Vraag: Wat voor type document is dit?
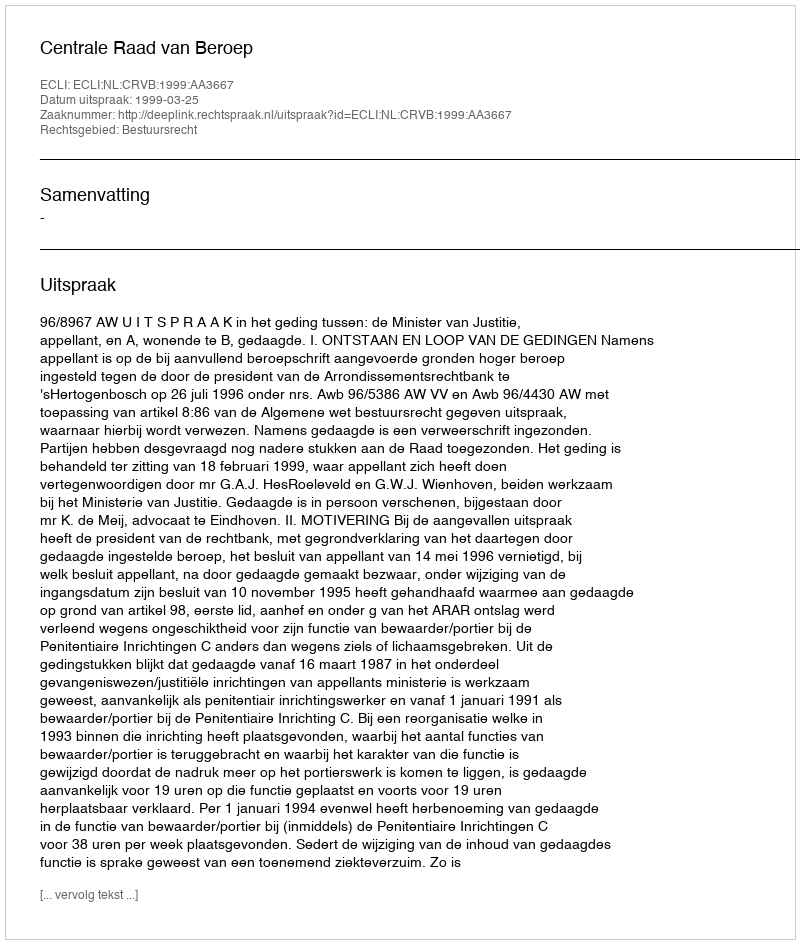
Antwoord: Uitspraak